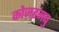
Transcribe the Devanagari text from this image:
कोज़हमबु